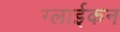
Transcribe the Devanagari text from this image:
ग्लाईकन